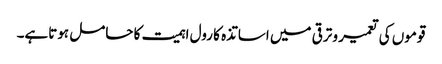
قوموں کی تعمیر و ترقی میں اساتذہ کا رول اہمیت کا حامل ہوتاہے۔